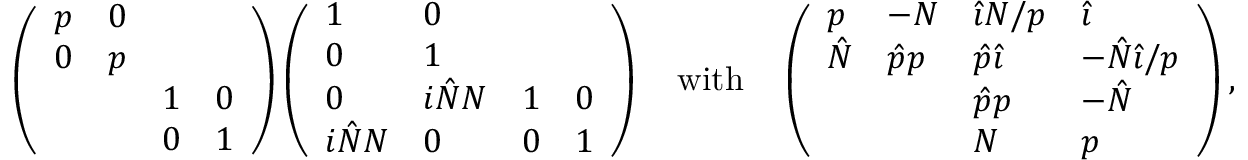
\left( \begin{array} { l l l l } { p } & { 0 } & & \\ { 0 } & { p } & & \\ & & { 1 } & { 0 } \\ & & { 0 } & { 1 } \end{array} \right) \left( \begin{array} { l l l l } { 1 } & { 0 } & & \\ { 0 } & { 1 } & & \\ { 0 } & { i \hat { N } N } & { 1 } & { 0 } \\ { i \hat { N } N } & { 0 } & { 0 } & { 1 } \end{array} \right) \quad \mathrm { w i t h } \quad \left( \begin{array} { l l l l } { p } & { - N } & { { \hat { \imath } } N / p } & { { \hat { \imath } } } \\ { \hat { N } } & { \hat { p } p } & { \hat { p } { \hat { \imath } } } & { - \hat { N } { \hat { \imath } } / p } \\ & & { \hat { p } p } & { - \hat { N } } \\ & & { N } & { p } \end{array} \right) ,